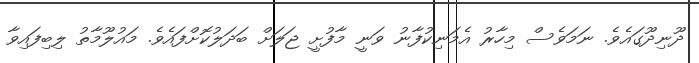
ދޫނިދޫގައެވެ. ނަމަވެސް މިހާރު އެމަނިކުފާނު ވަނީ މާފުށީ ޖަލަށް ބަދަލުކޮށްފައެވެ. މައުލޫމާތު ލިބިފައިވާ